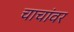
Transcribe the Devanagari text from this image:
चाचांवर